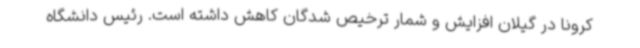
کرونا در گیلان افزایش و شمار ترخیص شدگان کاهش داشته است. رئیس دانشگاه